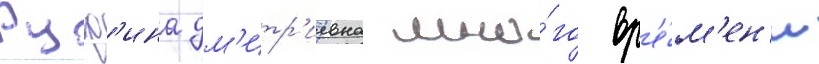
Руф'ина дм'итр'иевна мно́го вр'е́м'ен'и